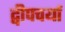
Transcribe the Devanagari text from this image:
द्वीपचर्या